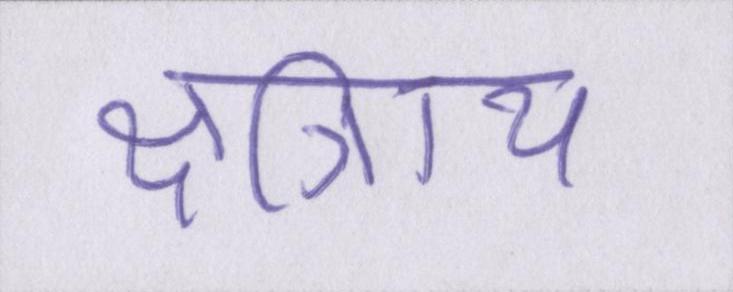
क्षत्रिाय